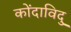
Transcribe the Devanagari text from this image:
कोंदाविदु